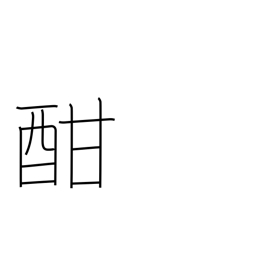
Meaning: height of